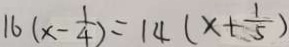
1 6 ( x - \frac { 1 } { 4 } ) = 1 4 ( x + \frac { 1 } { 5 } )